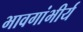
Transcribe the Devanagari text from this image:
भावगांभीर्य